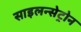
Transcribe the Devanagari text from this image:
साइलन्सेट्रोन